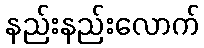
နည်းနည်းလောက်